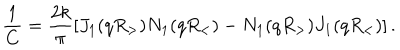
\frac { 1 } { C } = \frac { 2 k } { \pi } \left[ J _ { 1 } ( q R _ { > } ) N _ { 1 } ( q R _ { < } ) - N _ { 1 } ( q R _ { > } ) J _ { 1 } ( q R _ { < } ) \right] .